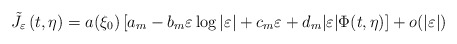
\begin{align*}\tilde J_{\varepsilon}\left(t,\eta \right)=a(\xi_{0})\left[ a_{m}-b_{m}\varepsilon\log |\varepsilon| +c_{m}\varepsilon + d_m |\varepsilon|\Phi(t,\eta)\right]+o(|\varepsilon|)\end{align*}